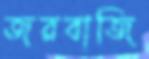
জরবাজি